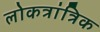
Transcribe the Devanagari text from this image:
लोकत्रांत्रिक